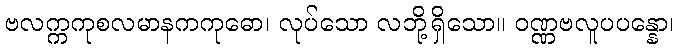
ဗလက္ကကုစလမာနကကုဓော၊ လုပ်သော လဘို့ရှိသော။ ဝဏ္ဏဗလူပပန္နော၊